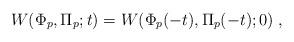
LaTeX: \begin{align*}W(\Phi_p, \Pi_p;t) = W(\Phi_p(-t),\Pi_p(-t);0) \;,\end{align*}